Report on vaccination in Madras 1922-1929 - 1922-1929
Year: 1922
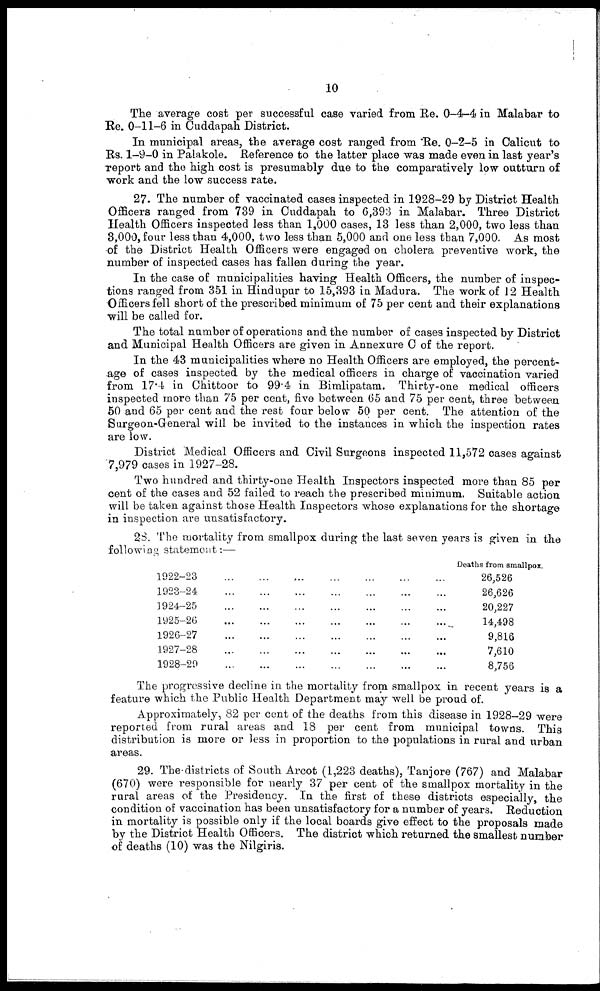
10
The average cost per successful case varied from Re. 0-4-4 in Malabar to
Re. 0-11-6 in Cuddapah District.
In municipal areas, the average cost ranged from 'Re. 0-2-5 in Calicut to
Rs. 1-9-0 in Palakole. Reference to the latter place was made even in last year's
report and the high cost is presumably due to the comparatively low outturn of
work and the low success rate.
27. The number of vaccinated cases inspected in 1928-29 by District Health
Officers ranged from 739 in Cuddapah to 6,393 in Malabar. Three District
Health Officers inspected less than 1,000 cases, 13 less than 2,000, two less than
3,000, four less than 4,000, two less than 5,000 and one less than 7,000. As most
of the District Health Officers were engaged on cholera preventive work, the
number of inspected cases has fallen during the year.
In the case of municipalities having Health Officers, the number of inspec-
tions ranged from 351 in Hindupur to 15,393 in Madura. The work of 12 Health
Officers fell short of the prescribed minimum of 75 per cent and their explanations
will be called for.
The total number of operations and the number of cases inspected by District
and Municipal Health Officers are given in Annexure C of the report.
In the 43 municipalities where no Health Officers are employed, the percent-
age of cases inspected by the medical officers in charge of vaccination varied
from 17.4 in Chittoor to 99.4 in Bimlipatam. Thirty-one medical officers
inspected more than 75 per cent, five between 65 and 75 per cent, three between
50 and 65 per cent and the rest four below 50 per cent. The attention of the
Surgeon-General will be invited to the instances in which the inspection rates
are low.
District Medical Officers and Civil Surgeons inspected 11,572 cases against
7,979 cases in 1927-28.
Two hundred and thirty-one Health Inspectors inspected more than 85 per
cent of the cases and 52 failed to reach the prescribed minimum. Suitable action
will be taken against those Health Inspectors whose explanations for the shortage
in inspection are unsatisfactory.
28. The mortality from smallpox during the last seven years is given in the
following statement:—
1922-23 ... ... ... ... ... ... ...
1923-24
...
...
...
...
...
...
...
1924-25
...
...
...
...
...
...
...
1925-26
...
...
...
...
...
...
...
1926-27
...
...
...
...
...
...
...
1927-28
...
...
...
...
...
...
...
1928-29
...
...
...
...
...
...
...
Deaths from smallpox.
26,526
26,626
20,227
14,498
9,816
7,610
8,756
The progressive decline in the mortality from smallpox in recent years is a
feature which the Public Health Department may well be proud of.
Approximately, 82 per cent of the deaths from this disease in 1928-29 were
reported from rural areas and 18 per cent from municipal towns. This
distribution is more or less in proportion to the populations in rural and urban
areas.
29. The districts of South Arcot (1,223 deaths), Tanjore (767) and Malabar
(670) were responsible for nearly 37 per cent of the smallpox mortality in the
rural areas of the Presidency. In the first of these districts especially, the
condition of vaccination has been unsatisfactory for a number of years. Reduction
in mortality is possible only if the local boards give effect to the proposals made
by the District Health Officers. The district which returned the smallest number
of deaths (10) was the Nilgiris.